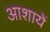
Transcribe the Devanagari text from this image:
आशायें